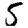
Digit: 5